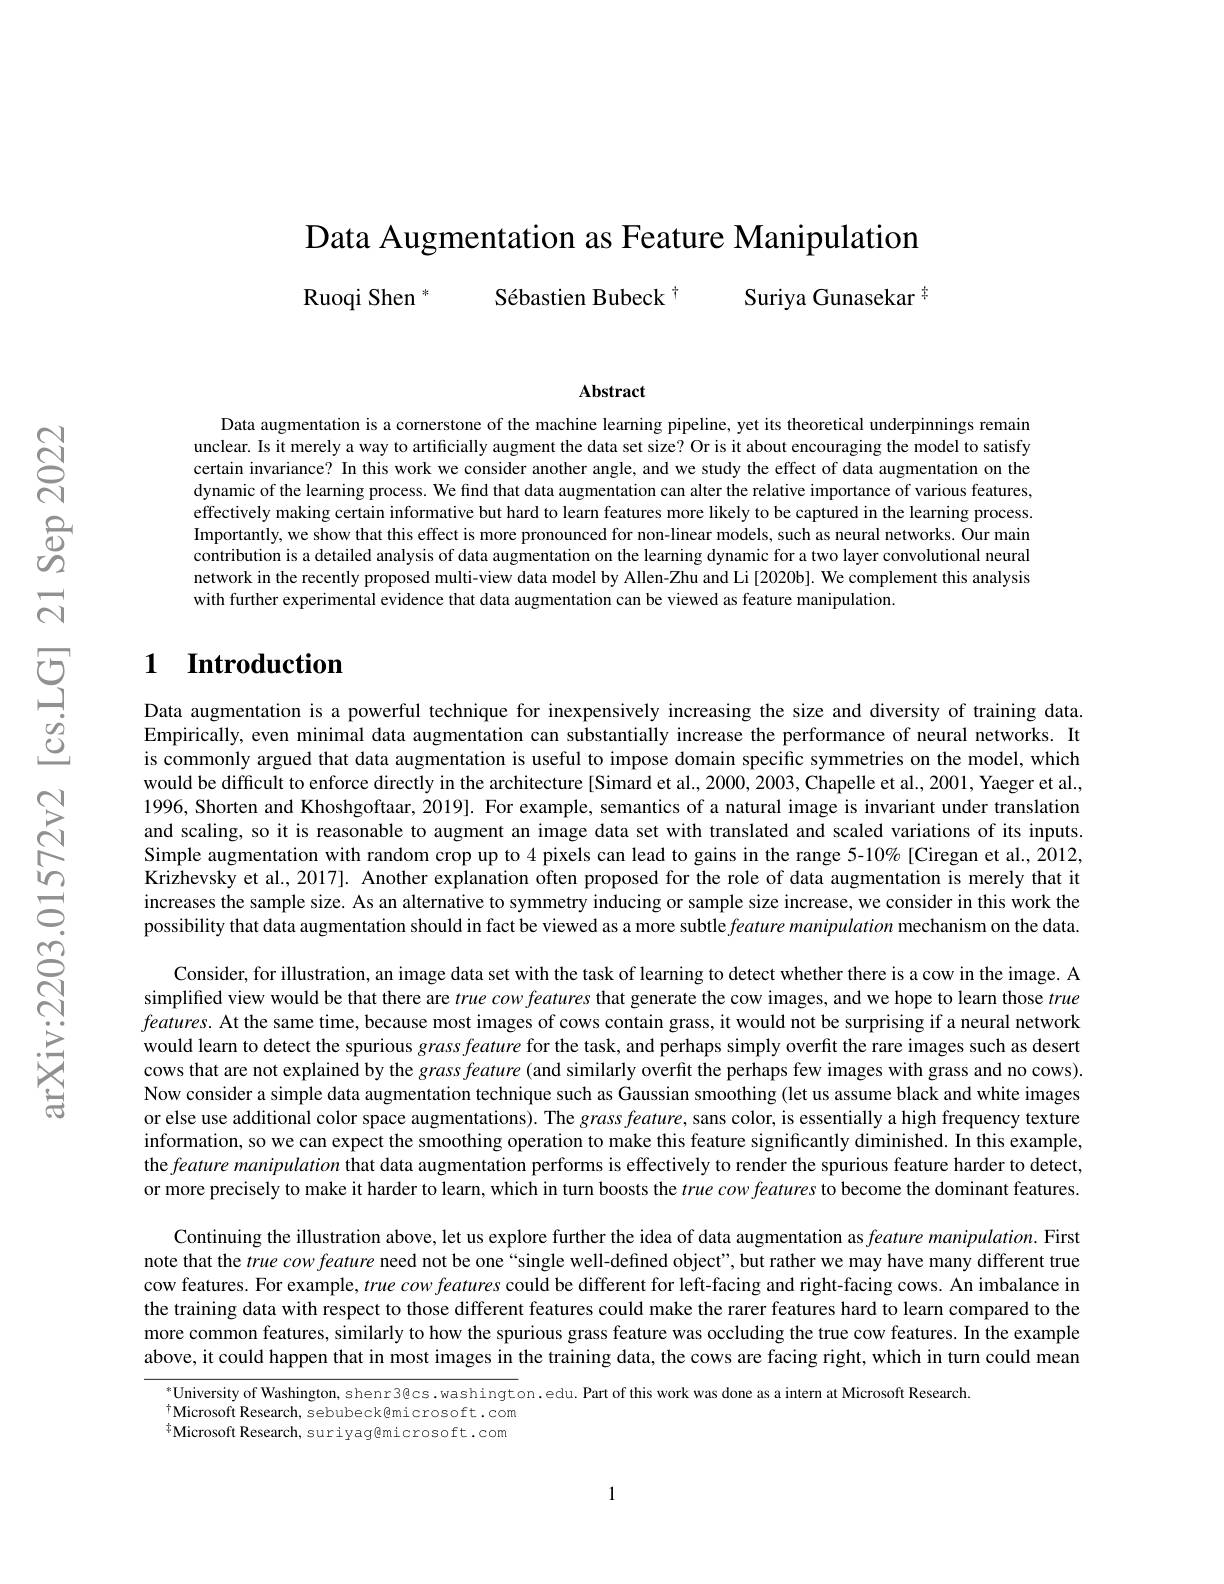
Data Augmentation as Feature Manipulation

Ruoqi Shen $^{*}$ Sébastien Bubeck $^{\dagger}$
Suriya Gunasekar $^{+}$

Abstract

Data augmentation is a cornerstone of the machine learning pipeline, yet its theoretical underpinnings remain unclear. Is it merely a way to artificially augment the data set size? Or is it about encouraging the model to satisfy certain invariance? In this work we consider another angle, and we study the effect of data augmentation on the dynamic of the learning process. We find that data augmentation can alter the relative importance of various features, effectively making certain informative but hard to learn features more likely to be captured in the learning process. Importantly, we show that this effect is more pronounced for non-linear models, such as neural networks. Our main contribution is a detailed analysis of data augmentation on the learning dynamic for a two layer convolutional neural network in the recently proposed multi-view data model by Allen-Zhu and Li[2020b]. We complement this analysis with further experimental evidence that data augmentation can be viewed as feature manipulation.

# 1 $\textbf{Introduction}$

Data augmentation is a powerful technique for inexpensively increasing the size and diversity of training data. Empirically, even minimal data augmentation can substantially increase the performance of neural networks. It is commonly argued that data augmentation is useful to impose domain specific symmetries on the model, which would be difficult to enforce directly in the architecture [Simard et al., 2000, 2003, Chapelle et al., 2001, Yaeger et al., 1996, Shorten and Khoshgoftaar, 2019]. For example, semantics of a natural image is invariant under translation and scaling, so it is reasonable to augment an image data set with translated and scaled variations of its inputs Simple augmentation with random crop up to 4 pixels can lead to gains in the range 5-10%[Ciregan et al., 2012, Krizhevsky et al., 2017]. Another explanation often proposed for the role of data augmentation is merely that it increases the sample size. As an alternative to symmetry inducing or sample size increase, we consider in this work the possibility that data augmentation should in fact be viewed as a more subtle feature manipulation mechanism on the data.

Consider, for illustration, an image data set with the task of learning to detect whether there is a cow in the image. A $features. \textbf{ At the same time, because most images of cows contain grass, it would not be surprising if a neural network}$ would learn to detect the spurious grass feature for the task, and perhaps simply overfit the rare images such as desert cows that are not explained by the grass feature (and similarly overfit the perhaps few images with grass and no cows). Now consider a simple data augmentation technique such as Gaussian smoothing (let us assume black and white images or else use additional color space augmentations). The grass feature, sans color, is essentially a high frequency texture information, so we can expect the smoothing operation to make this feature significantly diminished. In this example, the feature manipulation that data augmentation performs is effectively to render the spurious feature harder to detect, or more precisely to make it harder to learn, which in turn boosts the true cow features to become the dominant features.

Continuing the illustration above, let us explore further the idea of data augmentation as feature manipulation. First note that the true cow feature need not be one“single well-defined object”, but rather we may have many different true cow features. For example, $true\textit{cow features could be different for left- facing and right- facing cows. An imbalance inte resting ting ting ting ting ting ting ting ting ting ting ting ting ting ting ting ting ting ting ting ing ting ting ting ting ting}$ the training data with respect to those different features could make the rarer features hard to learn compared to the more common features, similarly to how the spurious grass feature was occluding the true cow features. In the example above, it could happen that in most images in the training data, the cows are facing right, which in turn could mean

$^*$University of Washington, shenr3@cs.washington.edu. Part of this work was done as a intern at Microsoft Research.
$^{\dagger}$Microsoft Research, sebubeck@microsoft.com $^{\ddagger}$Microsoft Research, suriyag@microsoft.com

1